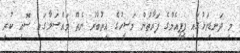
މި ދަނޑިވަޅުގައި ޕީޕީއެމްގެ ފަރާތުން މަސީހުގެ އިތުބާރު ނެތް މައްސަލާގައި ސޮއި ކުރި